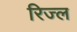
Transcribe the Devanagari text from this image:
रिज्ल